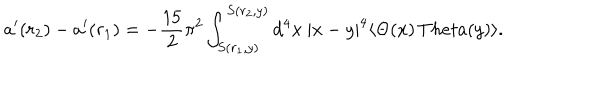
LaTeX: a ^ { \prime } ( r _ { 2 } ) - a ^ { \prime } ( r _ { 1 } ) = - \frac { 1 5 } { 2 } \pi ^ { 2 } \int _ { S ( r _ { 1 } , y ) } ^ { S ( r _ { 2 } , y ) } \mathrm { d } ^ { 4 } x \ | x - y | ^ { 4 } \langle \Theta ( x ) \, T h e t a ( y ) \rangle .